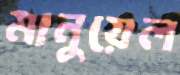
মানুয়েল